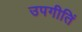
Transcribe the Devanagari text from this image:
उपगीतिं